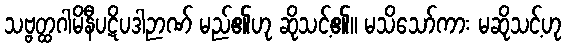
သဗ္ဗတ္ထဂါမိနီပဋိပဒါဉာဏ် မည်၏ဟု ဆိုသင့်၏။ မသိသော်ကား မဆိုသင့်ဟု